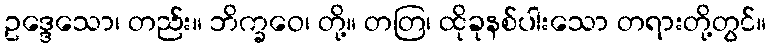
ဥဒ္ဒေသော၊ တည်း။ ဘိက္ခဝေ၊ တို့။ တတြ၊ ထိုခုနစ်ပါးသော တရားတို့တွင်။